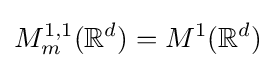
M_{m}^{1,1}(\mathbb {R} ^{d})=M^{1}(\mathbb {R} ^{d})